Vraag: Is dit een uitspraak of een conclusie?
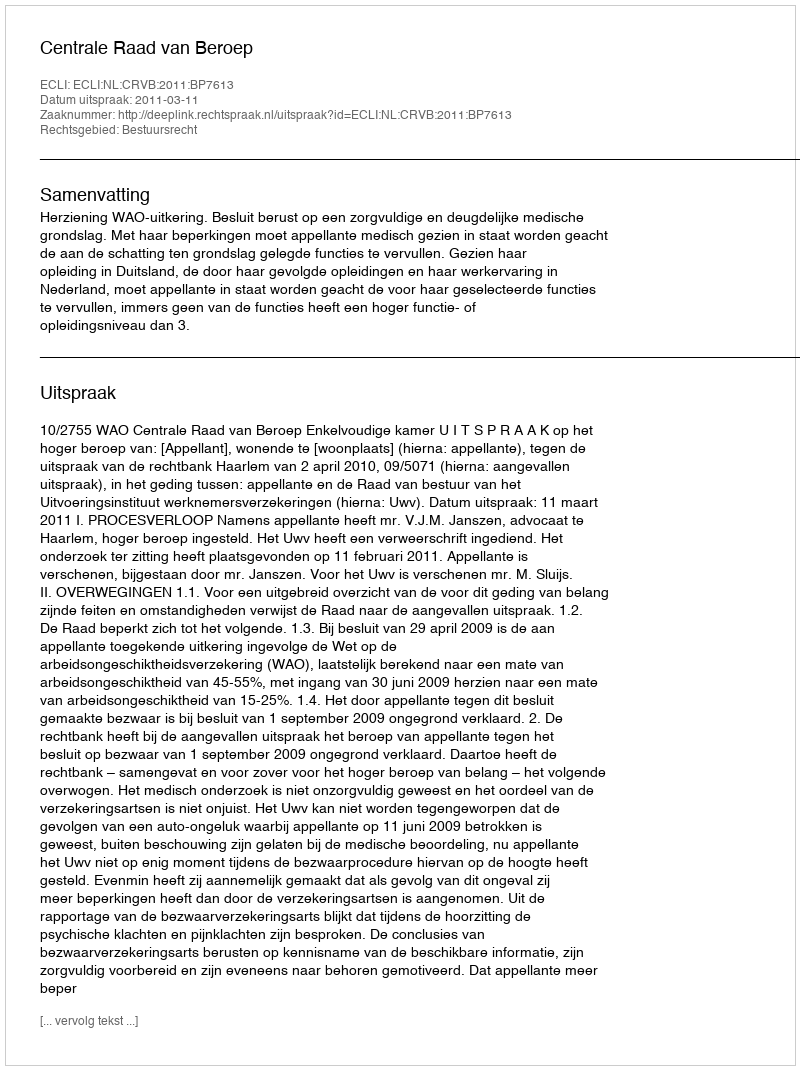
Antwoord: Uitspraak